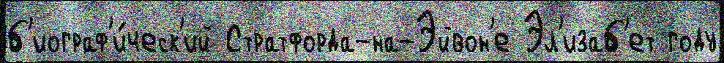
б'иограф'и́ческ'ий Стратфорда-на-Эйвон'е Эл'изаб'ет году